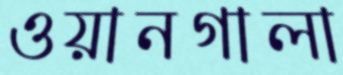
ওয়ানগালা